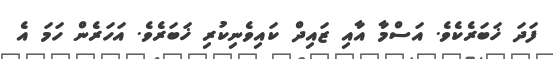
ފަދަ ޚަބަރެކެވެ. އަސްމާ އާއި ޒައިދް ކައިވެނިކުރި ޚަބަރެވެ. އަހަރެން ހަމަ އެ